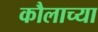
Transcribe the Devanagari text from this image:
कौलाच्या